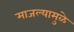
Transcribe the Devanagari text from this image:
माजल्यामुळे